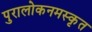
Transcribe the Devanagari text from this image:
पुरालोकनमस्कृत